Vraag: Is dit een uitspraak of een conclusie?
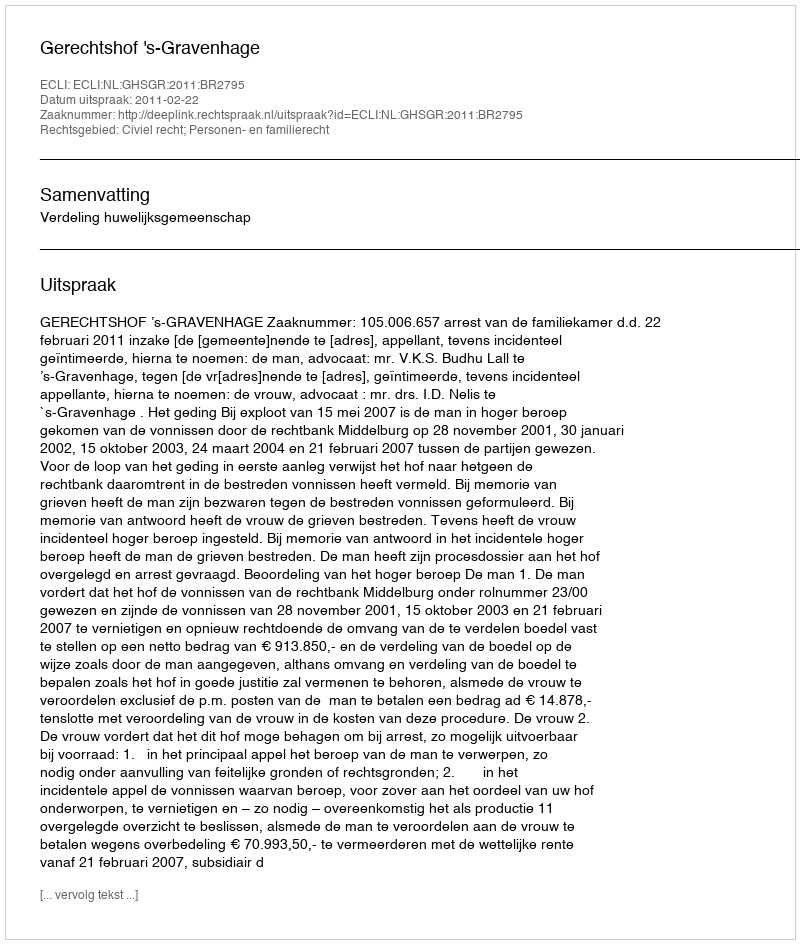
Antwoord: Uitspraak